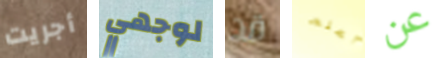
أجريت لوجهي قد أعلم عن